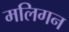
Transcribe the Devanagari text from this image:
मलिगन